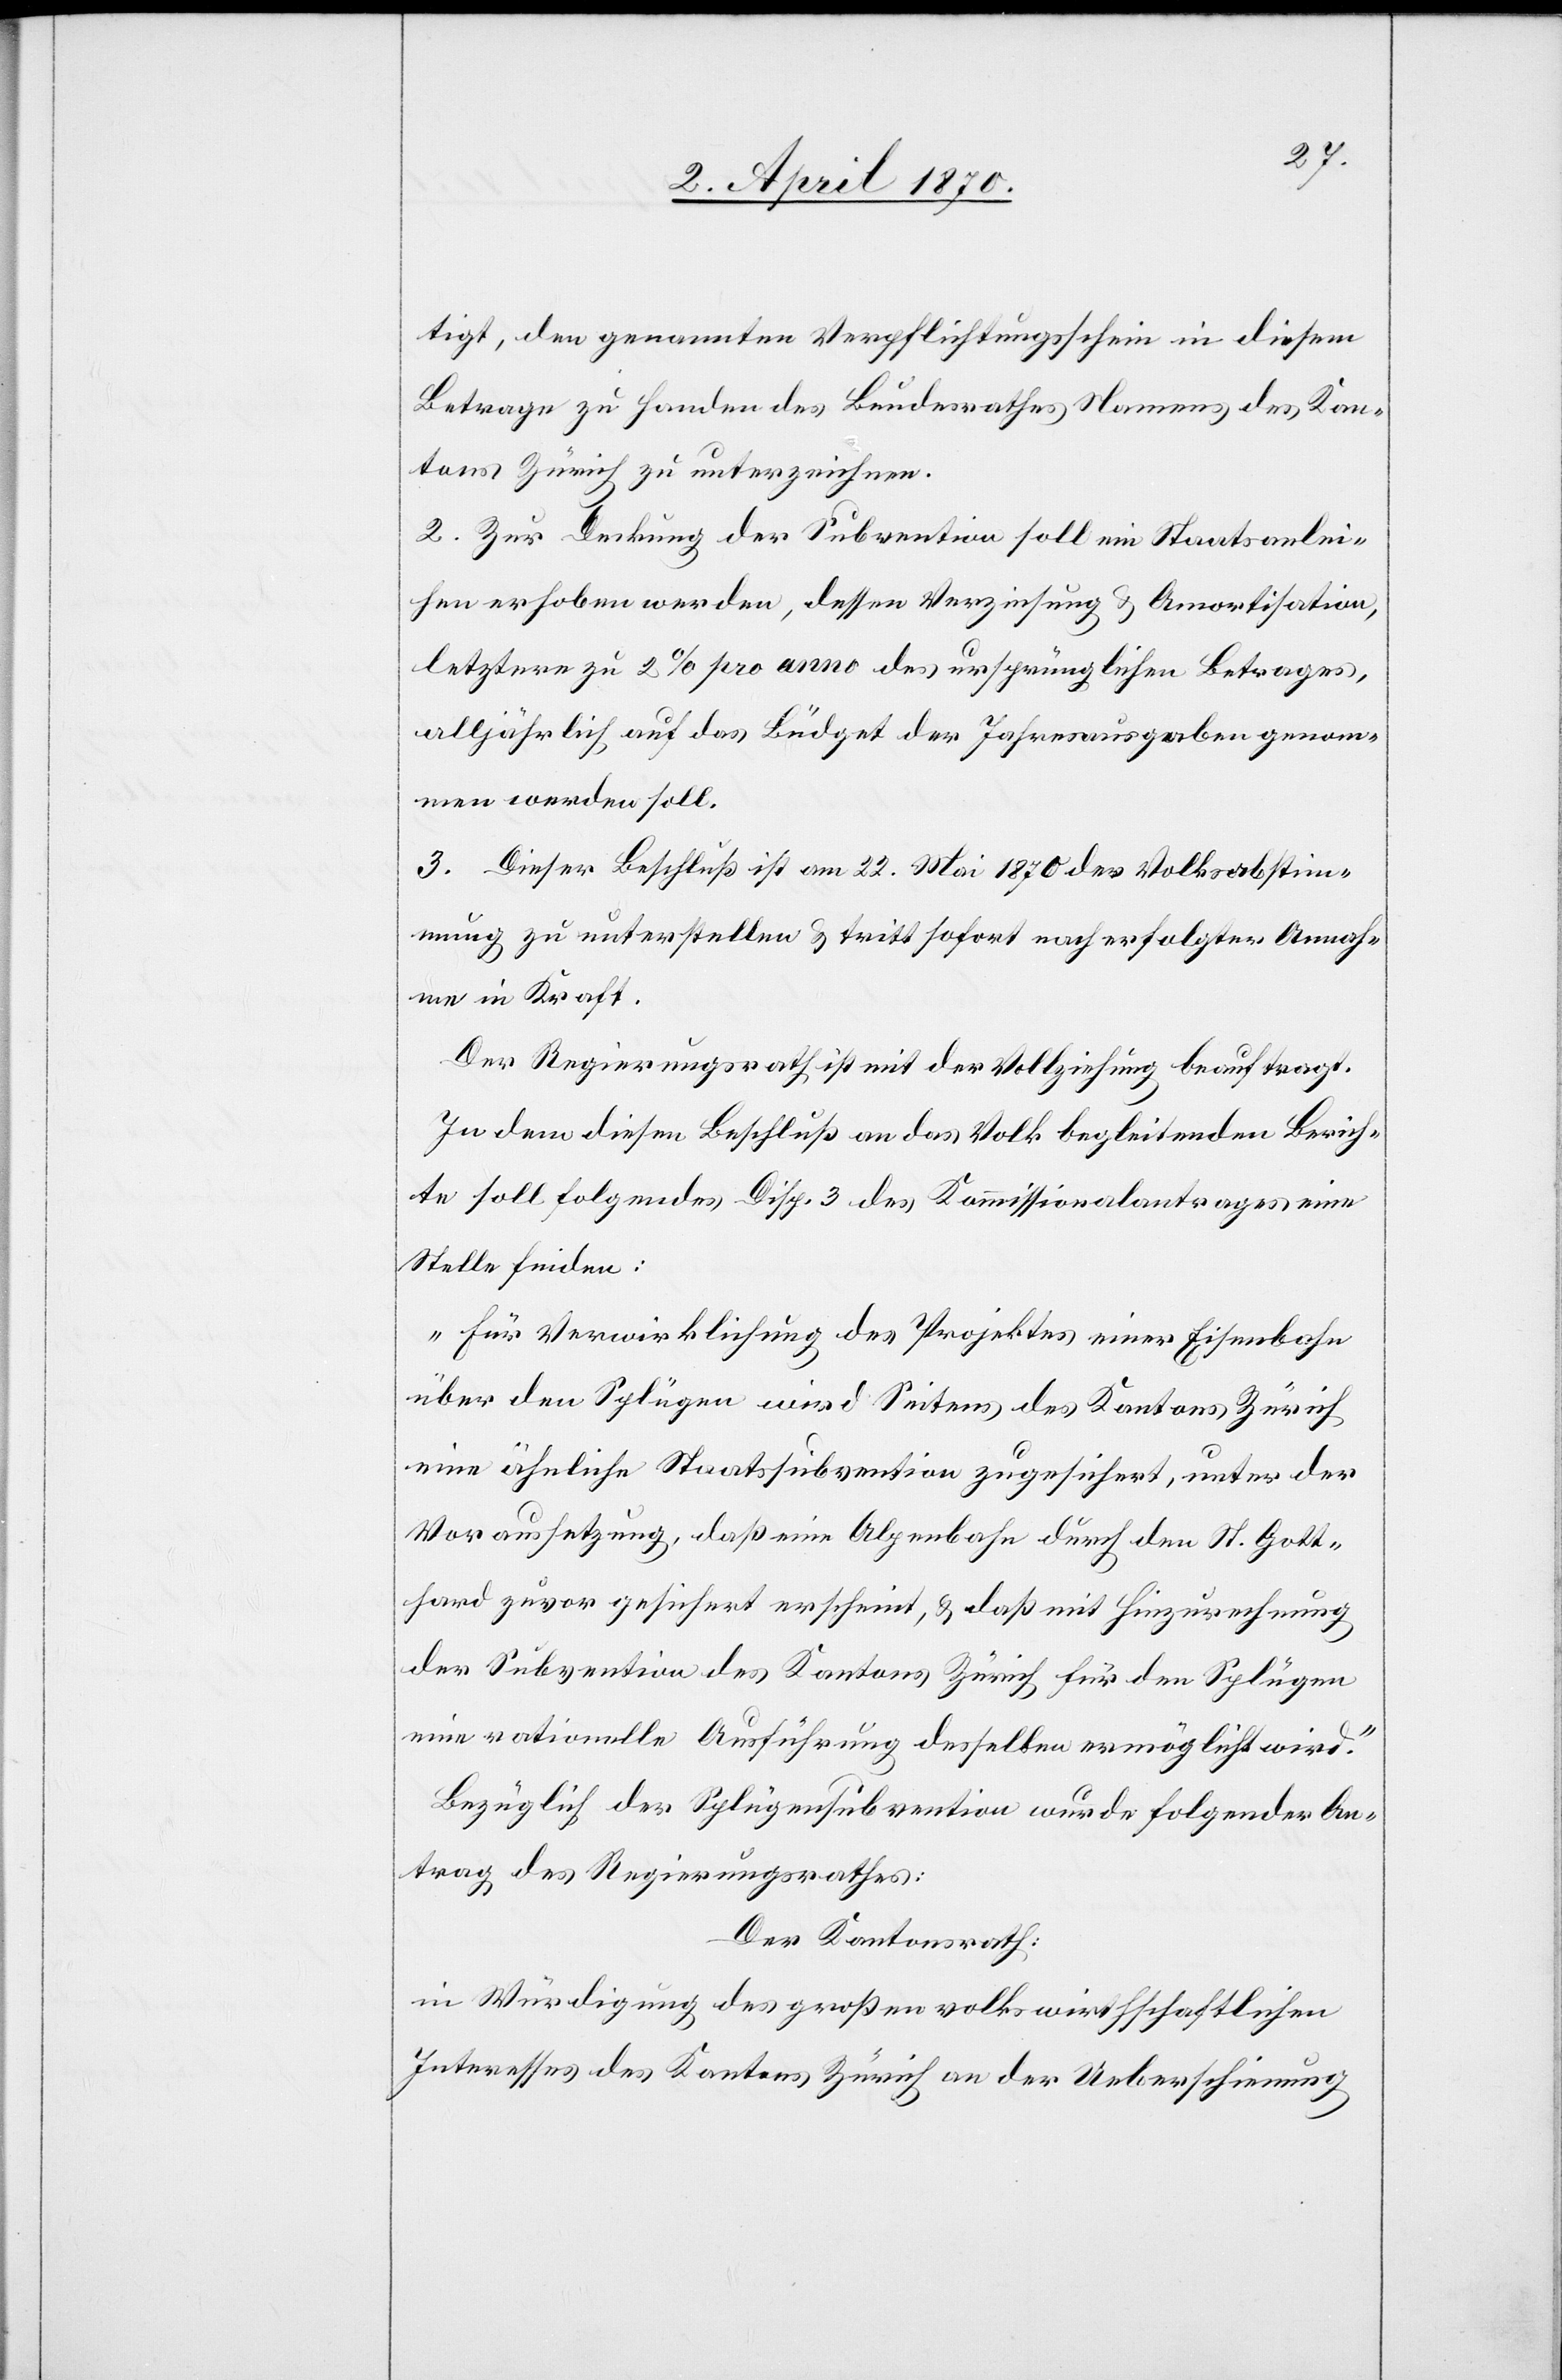
tigt, den genannten Verpflichtungsschein in diesem
Betrage zu Handen des Bundesrathes Namens des Kan¬
tons Zürich zu unterzeichnen.
2. Zur Deckung der Subvention soll ein Staatsanlei¬
hen erhoben werden, dessen Verzinsung & Amortisation,
letztere zu 2% pro anno des ursprünglichen Betrages,
alljährlich auf das Büdget der Jahresausgaben genom¬
men werden soll.
3. Dieser Beschluß ist am 22. Mai 1870 der Volksabstim¬
mung zu unterstellen & tritt sofort nach erfolgter Annah¬
me in Kraft.
Der Regierungsrath ist mit der Vollziehung beauftragt.
In dem diesem Beschluß an das Volk begleitenden Berich¬
te soll folgendes Disp. 3 des Kommissionalantrages eine
Stelle finden:
„Für Verwirklichung des Projektes einer Eisenbahn
über den Splügen wird Seitens des Kantons Zürich
eine ähnliche Staatssubvention zugesichert, unter der
Voraussetzung, daß eine Alpenbahn durch den St. Gott¬
hard zuvor gesichert erscheint, & daß mit Hinzurechnung
der Subvention des Kantons Zürich für den Splügen
eine rationelle Ausführung desselben ermöglicht wird.“
Bezüglich der Splügensubvention wurde folgender An¬
trag des Regierungsrathes:
Der Kantonsrath:
in Würdigung des großen volkswirthschaftlichen
Interesses des Kantons Zürich an der Ueberschienung